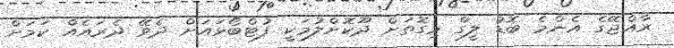
ރާއްޖޭގެ އެންމެ ބޮޑު ލީގް މިގޮތަށް ދޫކޮށްލުމަކީ ފުޓްބޯޅައަށް ދެވޭ ދެރައެއް ކަމަށް